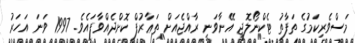
މަސްވެރިކަމުގެ ތަފާތު ޓެކްނޯލޮޖީ އޭނާވަނީ ރާއްޖެއަށް ތަޢާރުފް ކޮށްދެއްވާފައެވެ. 1997 ވަނަ އަހަރު